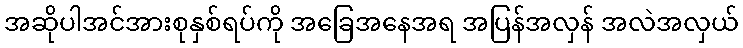
အဆိုပါအင်အားစုနှစ်ရပ်ကို အခြေအနေအရ အပြန်အလှန် အလဲအလှယ်